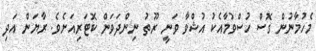
މެހުމާނުން ގޮސް ހުސްވުމާއެކު އުޝްވާ ވަނީ ރޫތު ނިންދަވަން ކޮޓަރިއަށެވެ. ރާޔަން އަދި